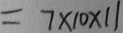
= 7 \times 1 0 \times 1 1